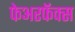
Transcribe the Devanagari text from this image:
फेअरफॅक्स